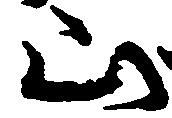
山